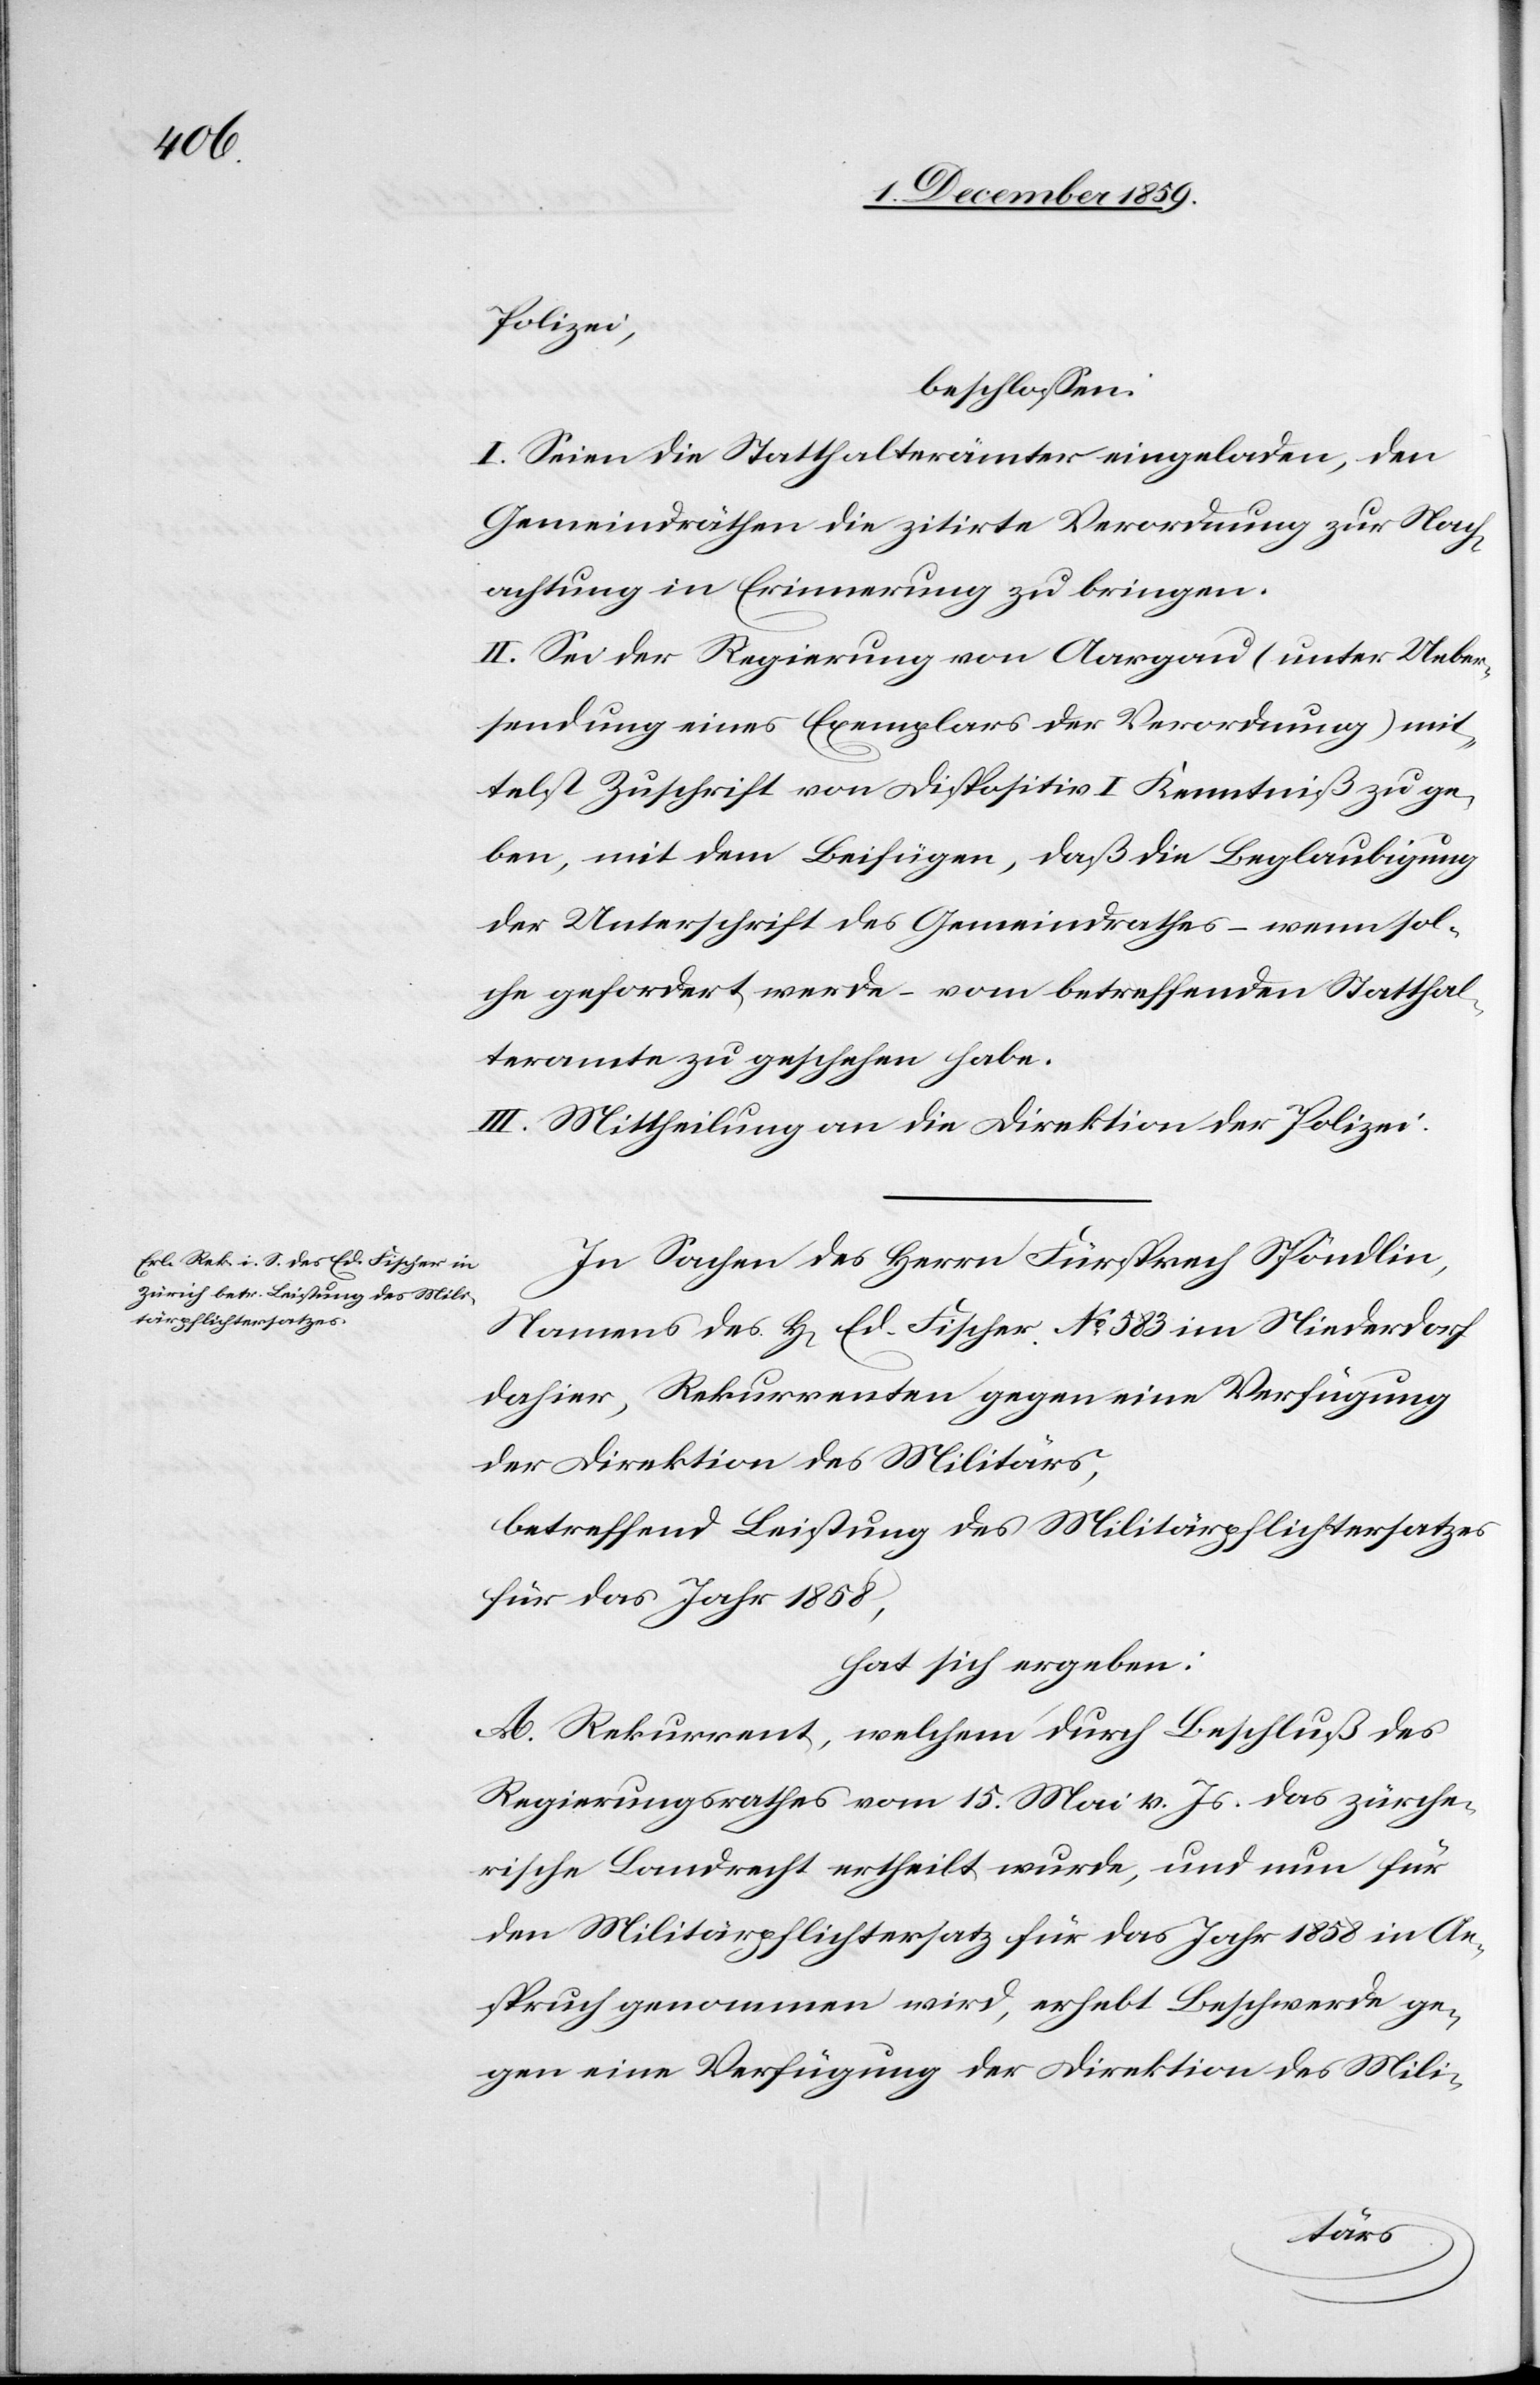
Polizei,
beschlossen:
I. Seien die Statthalterämter eingeladen, den
Gemeindräthen die zitirte Verordnung zur Nach¬
achtung in Erinnerung zu bringen.
II. Sei der Regierung von Aargau (unter Ueber¬
sendung eines Exemplares der Verordnung) mit¬
telst Zuschrift von Dispositiv I Kenntniß zu ge¬
ben, mit dem Beifügen, daß die Beglaubigung
der Unterschrift des Gemeindrathes – wenn sol¬
che gefordert werde – vom betreffenden Statthal¬
teramte zu geschehen habe.
III. Mittheilung an die Direktion der Polizei.
In Sachen des Herrn Fürsprech Spöndlin,
Namens des H[errn] Ed. Frischer No 583 im Niederdorf
dahier, Rekurrenten gegen eine Verfügung
der Direktion des Militärs,
betreffend Leistung des Militärpflichtersatzes
für das Jahr 1858,
hat sich ergeben:
A. Rekurrent, welchem durch Beschluß des
Regierungsrathes vom 15. Mai v. Js. das zürche¬
rische Landrecht ertheilt wurde, und nun für
den Militärpflichtersatz für das Jahr 1858 in An¬
spruch genommen wird, erhebt Beschwerde ge¬
gen eine Verfügung der Direktion des Mili-